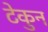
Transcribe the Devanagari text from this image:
टेकुन